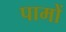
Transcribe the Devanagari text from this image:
पामों